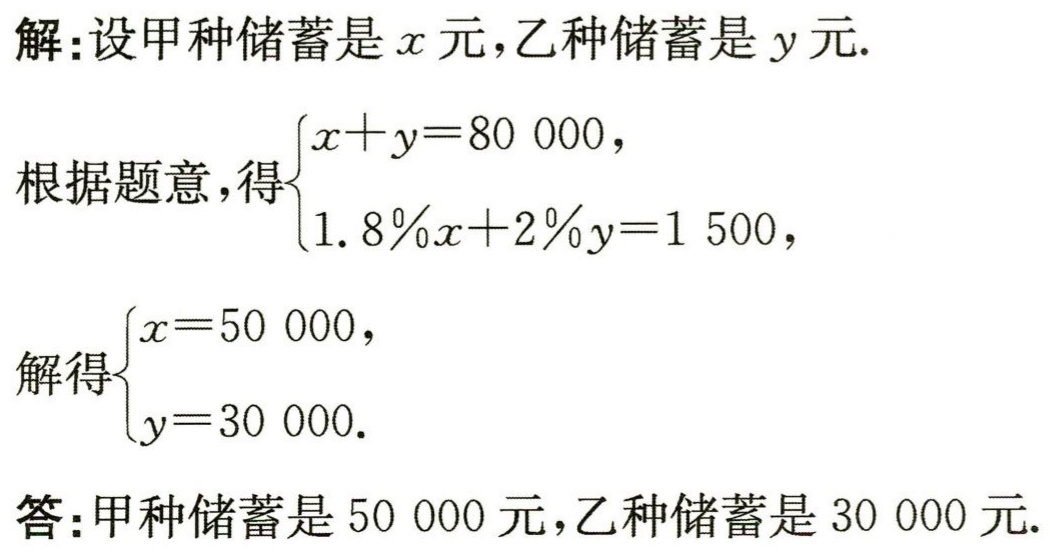
解：设甲种储蓄是\(x\)元，乙种储蓄是\(y\)元.

根据题意，得\(\begin{cases}x + y = 80000,\\1.8\%x + 2\%y = 1500,\end{cases}\)

解得\(\begin{cases}x = 50000,\\y = 30000.\end{cases}\)

答：甲种储蓄是\(50000\)元，乙种储蓄是\(30000\)元.